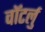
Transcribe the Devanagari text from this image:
वॉटर्लु